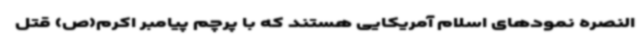
النصره نمودهای اسلام آمریکایی هستند که با پرچم پیامبر اکرم(ص) قتل